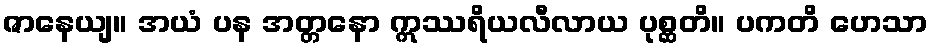
ဇာနေယျ။ အယံ ပန အတ္တနော ဣဿရိယလီလာယ ပုစ္ဆတိ။ ပကတိ ဟေသာ